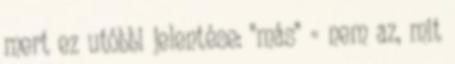
mert ez utóbbi jelentése: "más" = nem az, mit